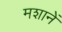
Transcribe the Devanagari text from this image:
मशानें